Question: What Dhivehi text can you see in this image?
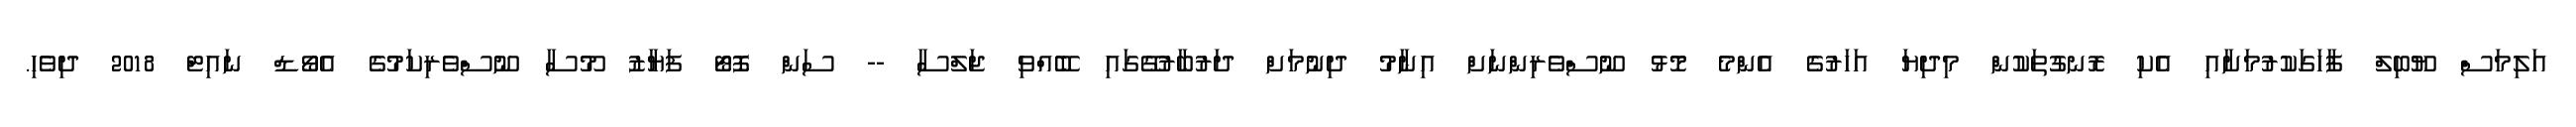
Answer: އަލިމަސް ޔޫބިލް ފާހަގަކުރުމަށާއި އެކި ރޮނގުތަކުން މިދިޔަ އަހަރުގެ އެންމެ މޮޅު ނޫސްވެރިންނަށް އިނާމު ދިނުމަށް ދަރުބާރުގޭގައި ބޭއްވި ޖަލްސާ -- ސަން ފޮޓޯ ފަޔާޒު މޫސާ ނޫސްވެރިކަމުގެ އެވޯޑް ނައިޓް 2018 ދިވެހި.